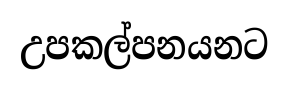
උපකල්පනයනට